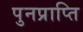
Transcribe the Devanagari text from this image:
पुनप्राप्ति